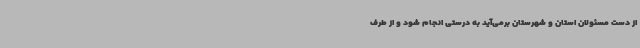
از دست مسئولان استان و شهرستان برمی‌آید به درستی انجام شود و از طرف